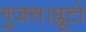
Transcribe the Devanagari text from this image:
गुजरा।प्लूटो